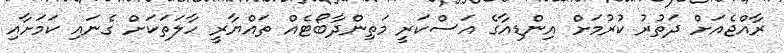
ރާއްޖެއަށް ދަތުރު ކުރުމަށް އިންޑިއާގެ އަސްކަރީ މަތިންދާބޯޓެއް ތައްޔާރީ ހާލަތަކަށް ގެނައި ކަމަށާއި